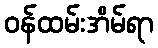
ဝန်ထမ်းအိမ်ရာ